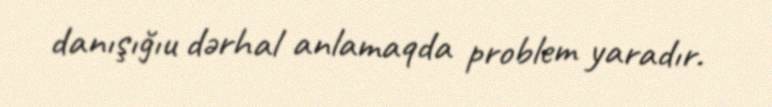
danışığıu dərhal anlamaqda problem yaradır.